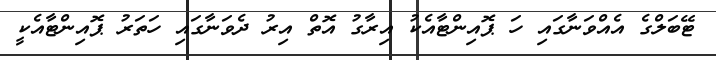
ޓޭބަލްގެ އެއްވަނާގައި ހަ ޕޮއިންޓާއެކު އިރާގު އޮތް އިރު ދެވަނާގައި ހަތަރު ޕޮއިންޓާއެކީ